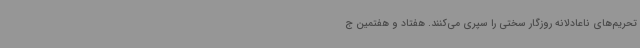
تحریم‌های ناعادلانه روزگار سختی را سپری می‌کنند. هفتاد و هفتمین ج